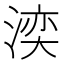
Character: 湙